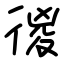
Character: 㣭